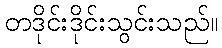
တဒိုင်းဒိုင်းသွင်းသည်။